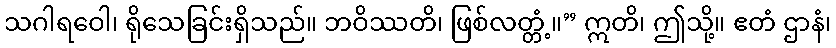
သဂါရဝေါ၊ ရိုသေခြင်းရှိသည်။ ဘဝိဿတိ၊ ဖြစ်လတ္တံ့။” ဣတိ၊ ဤသို့။ ဧတံ ဌာနံ၊